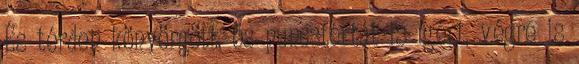
És térden könyörgött, és puncstortát is ígért, végre is